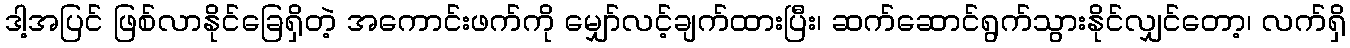
ဒါ့အပြင် ဖြစ်လာနိုင်ခြေရှိတဲ့ အကောင်းဖက်ကို မျှော်လင့်ချက်ထားပြီး၊ ဆက်ဆောင်ရွက်သွားနိုင်လျှင်တော့၊ လက်ရှိ